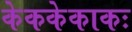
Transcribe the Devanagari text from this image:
केककेकाकः